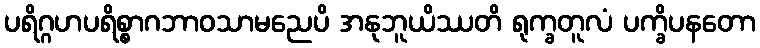
ပရိဂ္ဂဟပရိစ္စာဂဘာဝသာမညေပိ အနုဘူယိဿတိ ရုက္ခတူလံ ပက္ခိပနတော